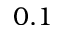
0 . 1